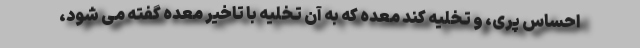
احساس پری، و تخلیه کند معده که به آن تخلیه با تاخیر معده گفته می شود،